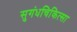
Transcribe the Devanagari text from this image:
सुगंधचिकित्सा